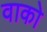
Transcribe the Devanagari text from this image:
वाको